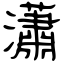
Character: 瀟